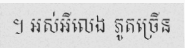
។ អស់អីលេង ភូតច្រើន